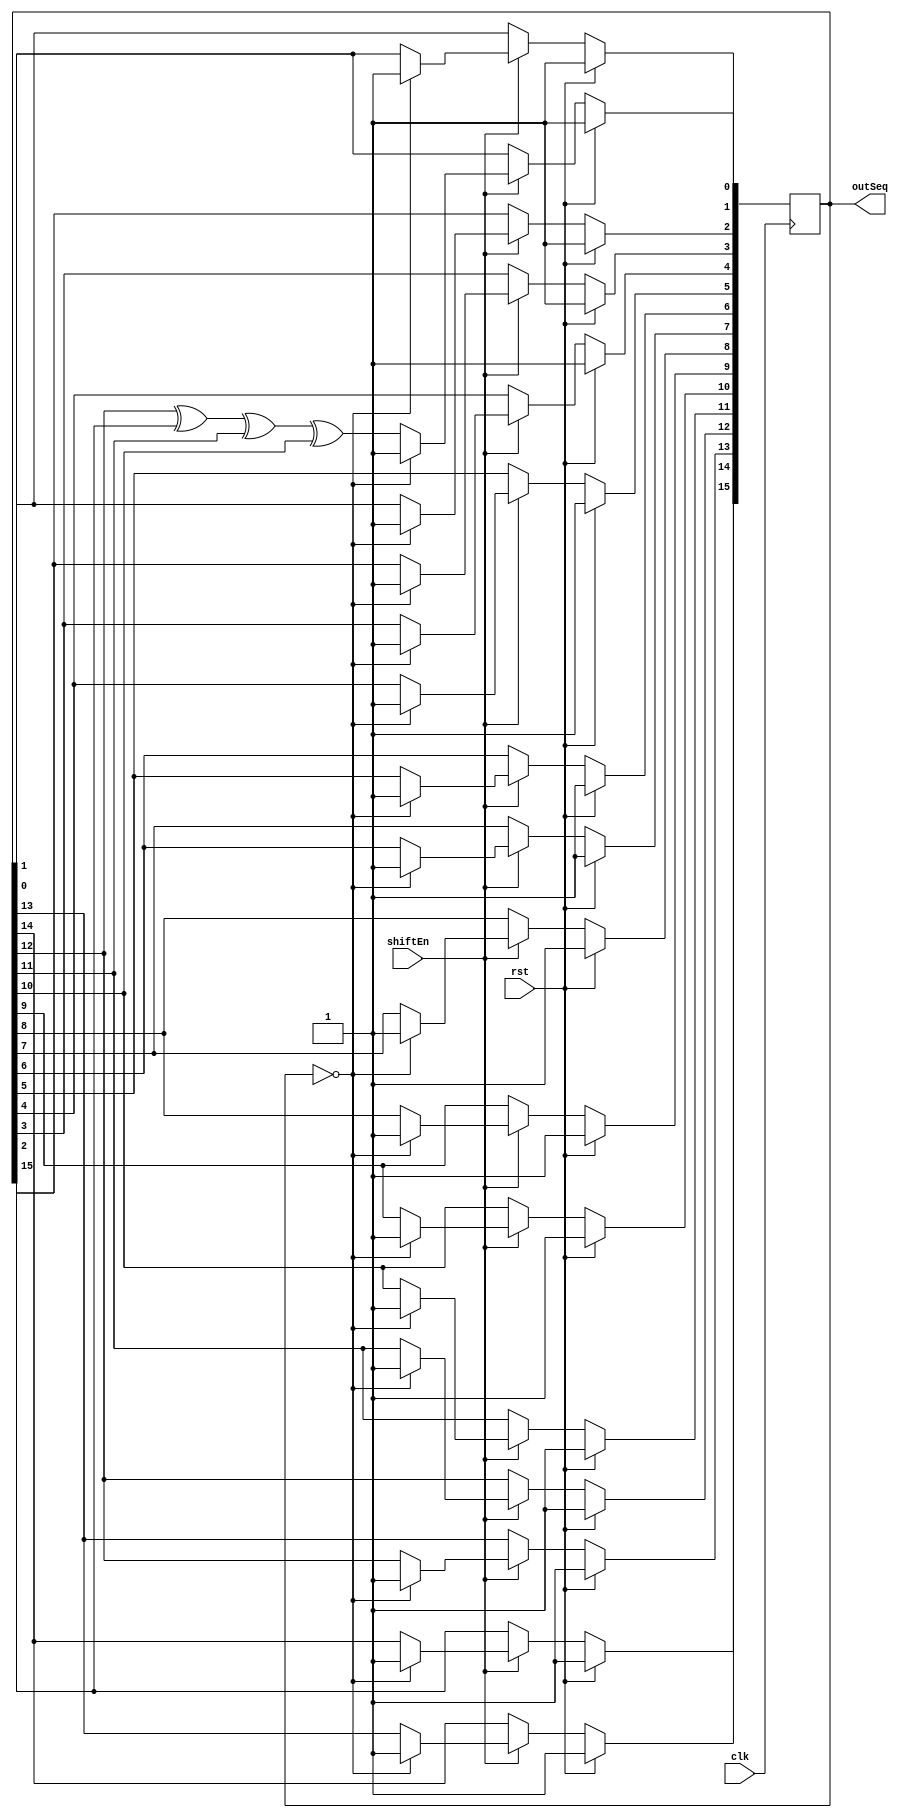
module prbs16 #(
  parameter NUM_CYC = 1
) (
  input         clk,
  input         rst,
  input         shiftEn,
  output [15:0] outSeq
);

  reg [15:0] lfsrReg;
  reg sum1;
  reg sum2;
  reg sum3;
  
  always @(posedge clk)
  begin
    // TODO: create a synchronous reset...
    if (rst == 1)
		lfsrReg <= 16'hFFFF;
    // TODO: create a clock enable
    else if (shiftEn) begin 
		lfsrReg[1]<=lfsrReg[0];
		lfsrReg[2]<=lfsrReg[1];
		lfsrReg[3]<=lfsrReg[2];
		lfsrReg[4]<=lfsrReg[3];
		lfsrReg[5]<=lfsrReg[4];
		lfsrReg[6]<=lfsrReg[5];
		lfsrReg[7]<=lfsrReg[6];
		lfsrReg[8]<=lfsrReg[7];
		lfsrReg[9]<=lfsrReg[8];
		lfsrReg[10]<=lfsrReg[9];
		lfsrReg[11]<=lfsrReg[10];
		lfsrReg[12]<=lfsrReg[11];
		lfsrReg[13]<=lfsrReg[12];
		lfsrReg[14]<=lfsrReg[13];
		lfsrReg[15]<=lfsrReg[14];
		lfsrReg[0] <= lfsrReg[12] ^ lfsrReg[15] ^ lfsrReg[11] ^lfsrReg[10];
		
		if(lfsrReg == 16'h0000)
			lfsrReg <= 16'hFFFF;
		end 
		
  end

  assign outSeq = lfsrReg;
endmodule